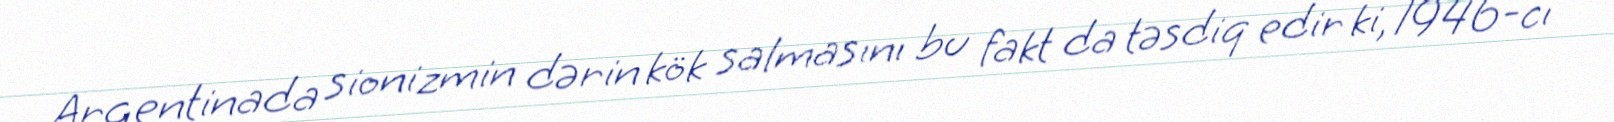
Argentinada sionizmin dərin kök salmasını bu fakt da təsdiq edir ki, 1946-cı